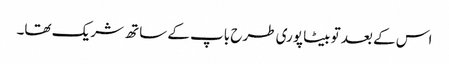
اس کے بعد تو بیٹا پوری طرح باپ کے ساتھ شریک تھا۔